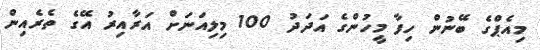
މިއެޕްގެ ބޭނުން ހިފާ މީހުންގެ އަދަދު 100 މިލިއަނަށް އަރާއިރު އޭގެ ތެރެއިން